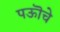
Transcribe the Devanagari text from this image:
पऊॊचे